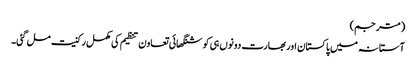
(مترجم)
آستانہ میں پاکستان اور بھارت دونوں ہی کو شنگھائی تعاون تنظیم کی مکمل رکنیت مل گئی۔